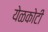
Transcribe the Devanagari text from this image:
येळकोटी